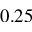
0 . 2 5